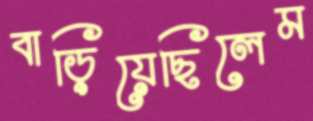
বাড়িয়েছিলেম